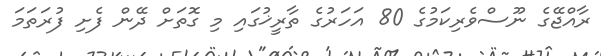
ރާއްޖޭގެ ނޫސްވެރިކަމުގެ 80 އަހަރުގެ ތާރީޚުގައި މި ގޮތަށް ދޭން ފެށި ފުރަތަމަ